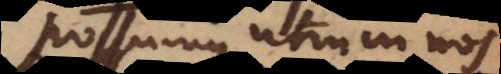
possumus, utrum nos